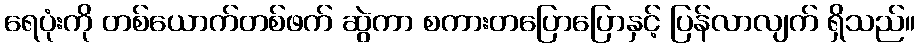
ရေပုံးကို တစ်ယောက်တစ်ဖက် ဆွဲကာ စကားတပြောပြောနှင့် ပြန်လာလျက် ရှိသည်။